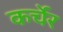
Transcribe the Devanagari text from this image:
कर्चेर